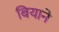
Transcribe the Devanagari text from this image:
बियाने